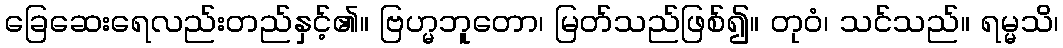
ခြေဆေးရေလည်းတည်နှင့်၏။ ဗြဟ္မဘူတော၊ မြတ်သည်ဖြစ်၍။ တုဝံ၊ သင်သည်။ ရမ္မသိ၊